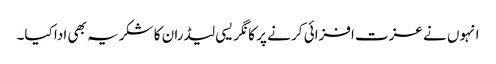
انہوں نے عزت افزائی کر نے پر کا نگر یسی لیڈران کا شکریہ بھی ادا کیا۔